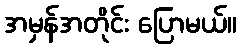
အမှန်အတိုင်း ပြောမယ်။